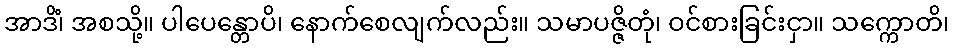
အာဒိံ၊ အစသို့။ ပါပေန္တောပိ၊ နောက်စေလျက်လည်း။ သမာပဇ္ဇိတုံ၊ ဝင်စားခြင်းငှာ။ သက္ကောတိ၊